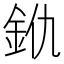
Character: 𨥐